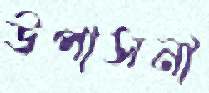
উপাসনা